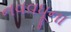
નવવધૂના